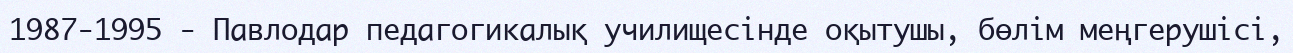
1987-1995 - Павлодар педагогикалық училищесінде оқытушы, бөлім меңгерушісі,